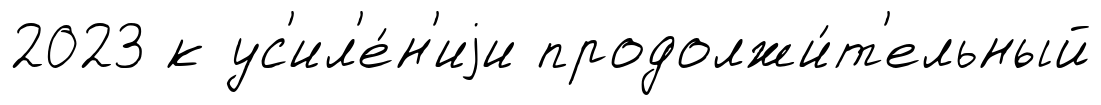
2023 к ус'ил'е́н'иjи продолжи́т'ельный